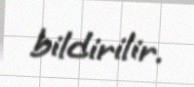
bildirilir.